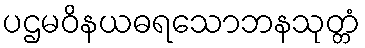
ပဌမဝိနယဓရသောဘနသုတ္တံ